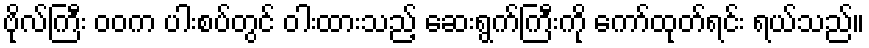
ဗိုလ်ကြီး ဝဝက ပါးစပ်တွင် ဝါးထားသည့် ဆေးရွက်ကြီးကို ကော်ထုတ်ရင်း ရယ်သည်။